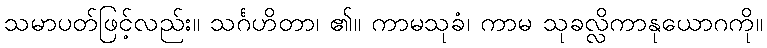
သမာပတ်ဖြင့်လည်း။ သင်္ဂဟိတာ၊ ၏။ ကာမသုခံ၊ ကာမ သုခလ္လိကာနုယောဂကို။